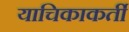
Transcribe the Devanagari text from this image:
याचिकाकर्ती